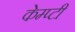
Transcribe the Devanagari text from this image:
केम्प्टी